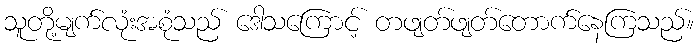
သူတို့မျက်လုံးအစုံသည် ဒေါသကြောင့် တဖျတ်ဖျတ်တောက်နေကြသည်။